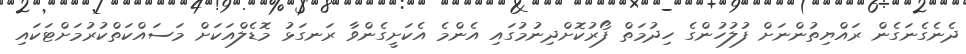
ދެނެގެނަގެން ރައްޔިތުންނަށް ފުލުހުންގެ ހިދުމަތް ފޯރުކޮށްދިނުމުގައި އެންމެ އެކަށީގެންވާ ރަނގަޅު މޮޑެލްއަކަށް މަސައްކަތްކުރުމަށްޓަކައި